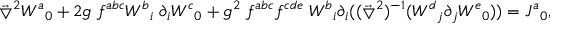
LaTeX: \vec { \bigtriangledown } ^ { 2 } { W ^ { a } } _ { 0 } + 2 g \; f ^ { a b c } { W ^ { b } } _ { i } \; \partial _ { i } { W ^ { c } } _ { 0 } + g ^ { 2 } \; f ^ { a b c } f ^ { c d e } \; { W ^ { b } } _ { i } \partial _ { i } ( ( \vec { \bigtriangledown } ^ { 2 } ) ^ { - 1 } ( { W ^ { d } } _ { j } \partial _ { j } { W ^ { e } } _ { 0 } ) ) = { J ^ { a } } _ { 0 } ,